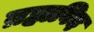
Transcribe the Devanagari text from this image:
ब्रह्मविद